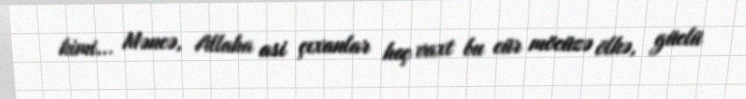
kimi... Məncə, Allaha asi çıxanlar heç vaxt bu cür möcüzə ölkə, güclü